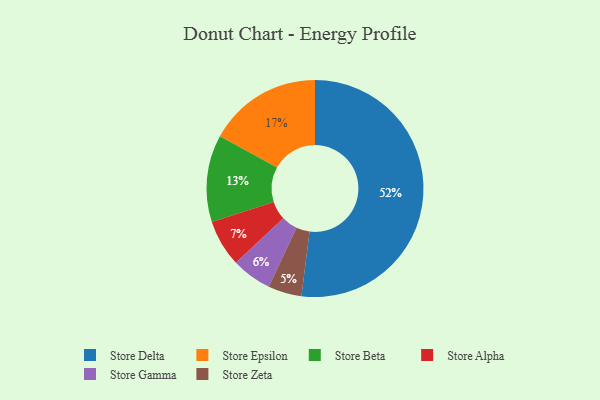
{"axis": {"x": "Category", "y": "Percentage"}, "legend": ["Store Alpha", "Store Beta", "Store Delta", "Store Epsilon", "Store Gamma", "Store Zeta"], "data": [{"x": "Store Delta", "y": 52, "type": "Store Delta"}, {"x": "Store Epsilon", "y": 17, "type": "Store Epsilon"}, {"x": "Store Beta", "y": 13, "type": "Store Beta"}, {"x": "Store Alpha", "y": 7, "type": "Store Alpha"}, {"x": "Store Gamma", "y": 6, "type": "Store Gamma"}, {"x": "Store Zeta", "y": 5, "type": "Store Zeta"}]}